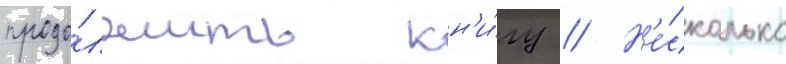
продо́лжить кн'и́гу // Н'е́сколько